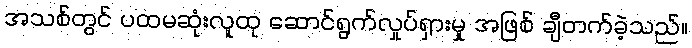
အသစ်တွင် ပထမဆုံးလူထု ဆောင်ရွက်လှုပ်ရှားမှု အဖြစ် ချီတက်ခဲ့သည်။